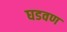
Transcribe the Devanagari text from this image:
घडवण